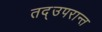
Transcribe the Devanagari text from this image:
तद्उपरान्त